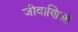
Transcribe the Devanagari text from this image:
जीवाणिओं